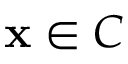
\mathbf { x } \in C